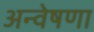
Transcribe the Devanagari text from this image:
अन्वेषणा